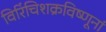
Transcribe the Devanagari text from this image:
विरिंचिशक्रविष्णूनां